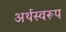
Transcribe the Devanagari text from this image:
अर्थस्वरूप